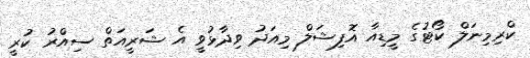
ކްރިމިނަލް ކޯޓުގެ މީޑިއާ އޮފިޝަލް މިއަދު ވިދާޅުވީ އެ ޝަރީއަތް ސިއްރު ކުރީ